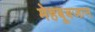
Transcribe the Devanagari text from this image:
मेहबूबजान